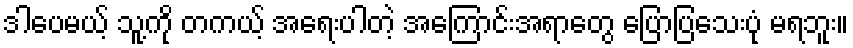
ဒါပေမယ့် သူ့ကို တကယ့် အရေးပါတဲ့ အကြောင်းအရာတွေ ပြောပြသေးပုံ မရဘူး။